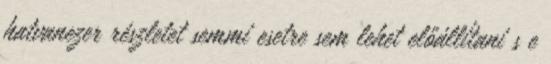
hatvanezer részletet semmi esetre sem lehet előállítani s e